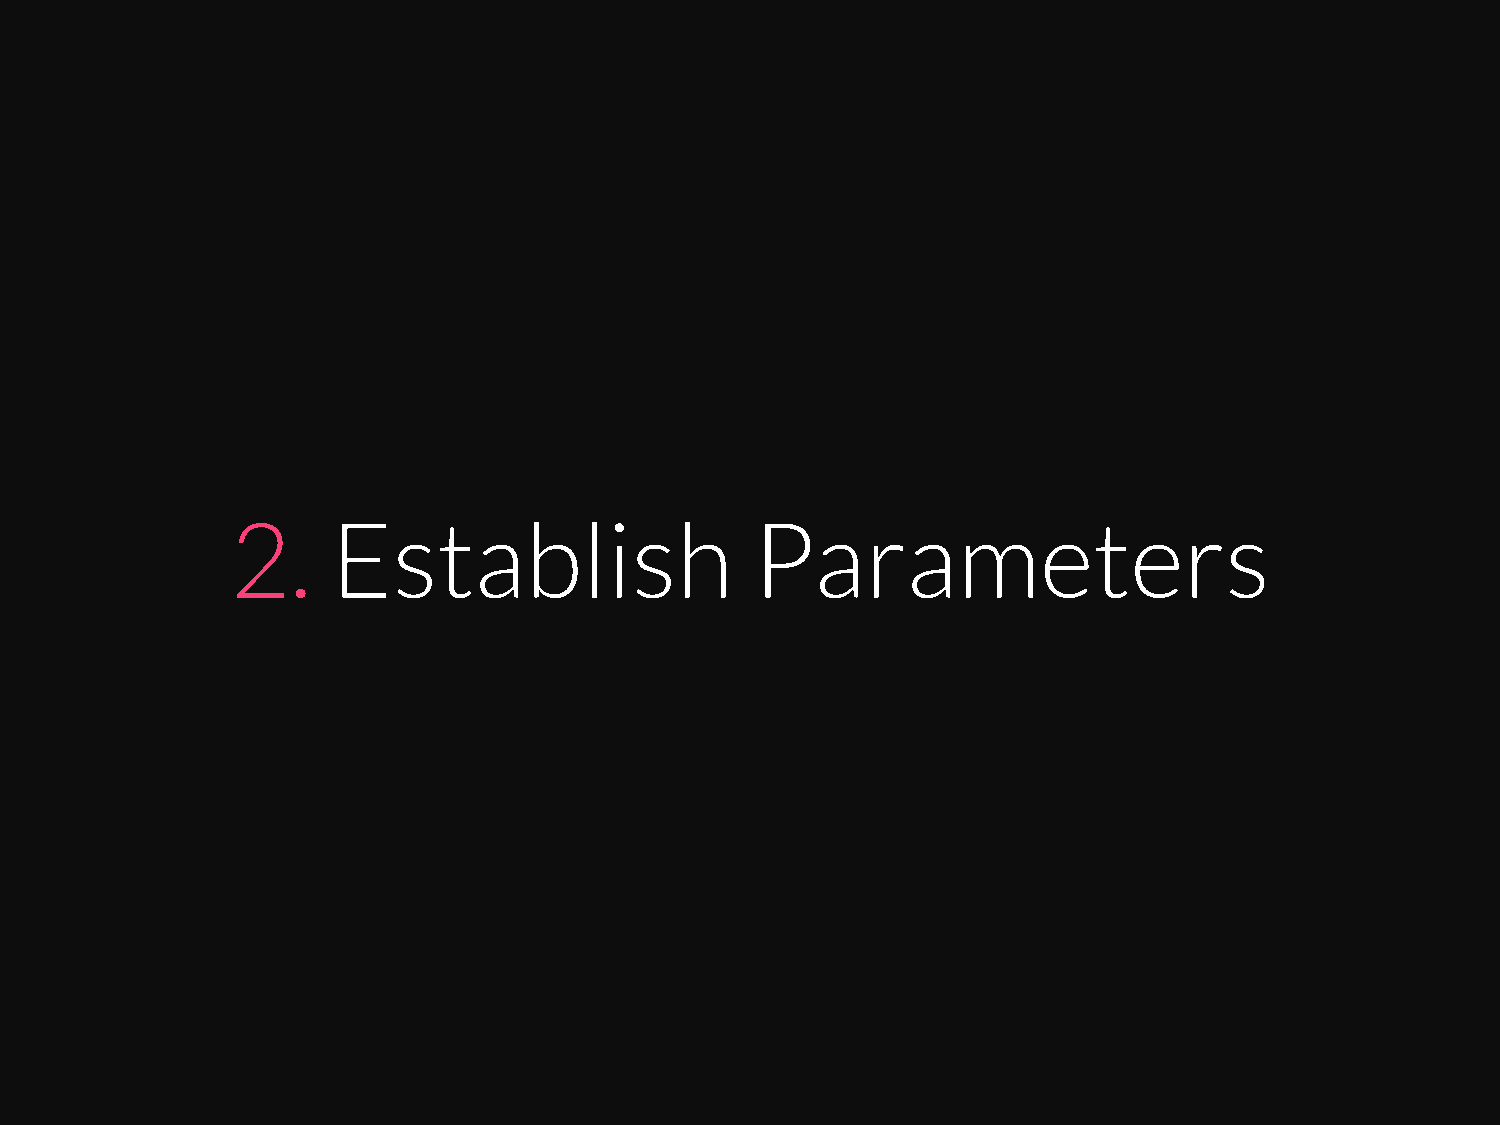
2.     Establish                   Parameters